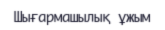
Шығармашылық ұжым